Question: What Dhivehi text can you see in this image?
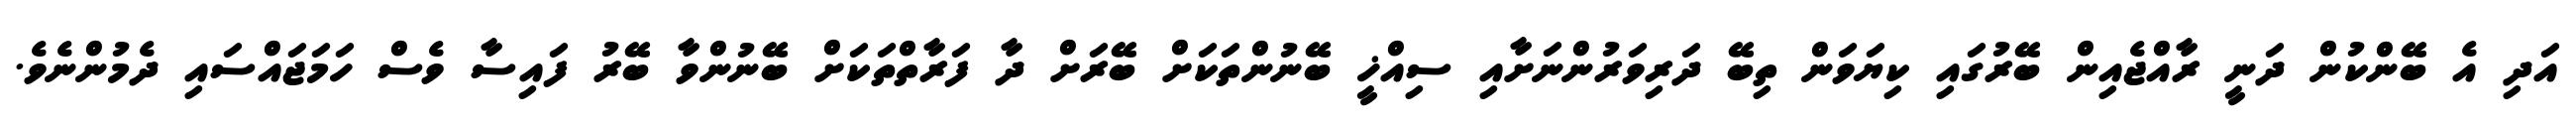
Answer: އަދި އެ ބޭންކުން ދަނީ ރާއްޖެއިން ބޭރުގައި ކިޔަވަން ތިބޭ ދަރިވަރުންނަށާއި ސިއްޚީ ބޭނުންތަކަށް ބޭރަށް ދާ ފަރާތްތަކަށް ބޭނުންވާ ބޭރު ފައިސާ ވެސް ހަމަޖައްސައި ދެމުންނެވެ.